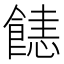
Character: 𩝤